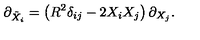
\partial _ { { \tilde { X } } _ { i } } = \left( R ^ { 2 } \delta _ { i j } - 2 X _ { i } X _ { j } \right) \partial _ { X _ { j } } .